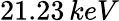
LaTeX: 21.23\, keV